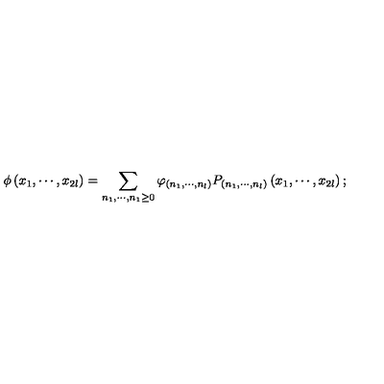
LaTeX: \phi \left( x _ { 1 } , \cdots , x _ { 2 l } \right) = \sum _ { n _ { 1 } , \cdots , n _ { 1 } \geq 0 } \varphi _ { \left( n _ { 1 } , \cdots , n _ { l } \right) } P _ { \left( n _ { 1 } , \cdots , n _ { l } \right) } \left( x _ { 1 } , \cdots , x _ { 2 l } \right) ;